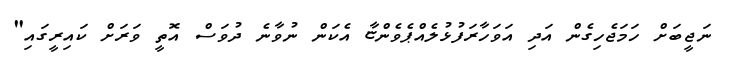
ނަޖީބަށް ހަމަޖެހިގެން އަދި އަވަހާރަފުޅުލެއްޕެވެންޏާ އެކަން ނުވާނެ ދުވަސް އޮތީ ވަރަށް ކައިރީގައި"